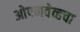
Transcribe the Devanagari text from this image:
ओपनवेव्हचा